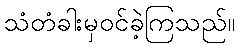
သံတံခါးမှဝင်ခဲ့ကြသည်။